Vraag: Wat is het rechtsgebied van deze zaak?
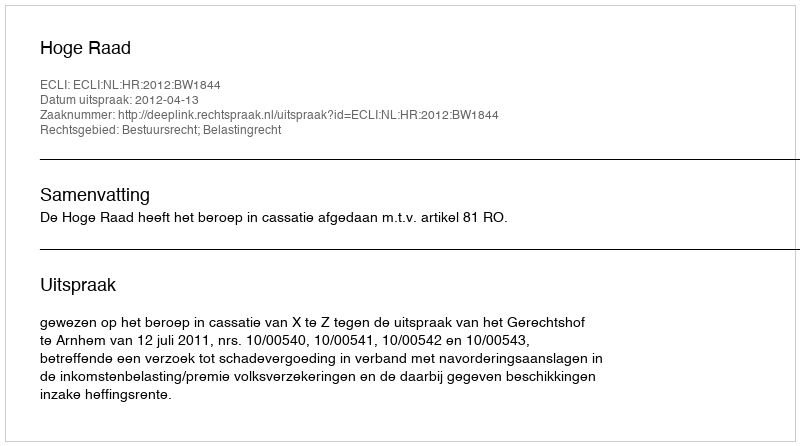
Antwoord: Bestuursrecht; Belastingrecht